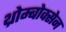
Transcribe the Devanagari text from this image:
थ्रोम्बोक्सेन